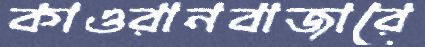
কাওরানবাজারে